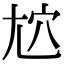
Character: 𡯜